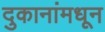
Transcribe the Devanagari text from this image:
दुकानांमधून